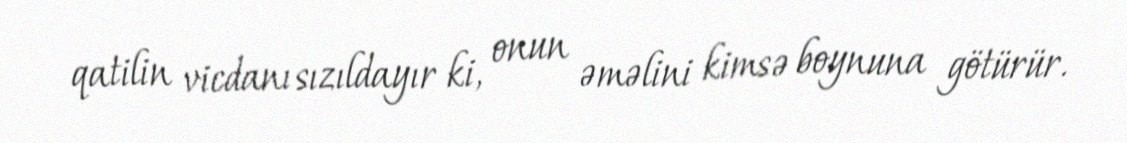
qatilin vicdanı sızıldayır ki, onun əməlini kimsə boynuna götürür.